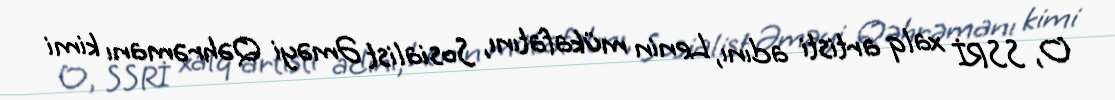
O, SSRİ xalq artisti adını, Lenin mükafatını, Sosialist Əməyi Qəhrəmanı kimi